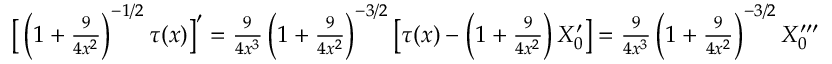
\begin{array} { r } { \big [ \left( 1 + \textstyle \frac { 9 } { 4 x ^ { 2 } } \right) ^ { - 1 / 2 } \tau ( x ) \big ] ^ { \prime } = \textstyle \frac { 9 } { 4 x ^ { 3 } } \left( 1 + \textstyle \frac { 9 } { 4 x ^ { 2 } } \right) ^ { - 3 / 2 } \big [ \tau ( x ) - \left( 1 + \frac { 9 } { 4 x ^ { 2 } } \right) X _ { 0 } ^ { \prime } \big ] = \frac { 9 } { 4 x ^ { 3 } } \left( 1 + \frac { 9 } { 4 x ^ { 2 } } \right) ^ { - 3 / 2 } X _ { 0 } ^ { \prime \prime \prime } } \end{array}